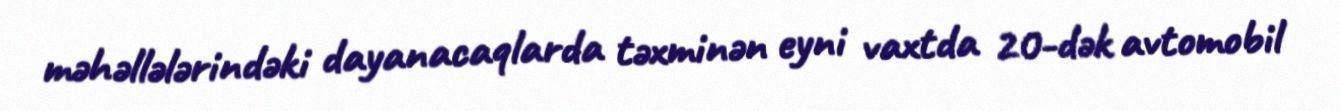
məhəllələrindəki dayanacaqlarda təxminən eyni vaxtda 20-dək avtomobil